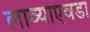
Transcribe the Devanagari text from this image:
लाव्याएवडा